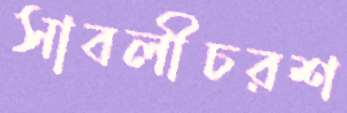
সাবলীচরশ